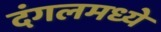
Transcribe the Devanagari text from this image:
दंगलमध्ये